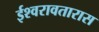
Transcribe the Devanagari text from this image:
ईश्वरावतारास